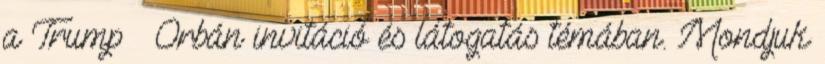
a Trump Orbán invitáció és látogatás témában. Mondjuk